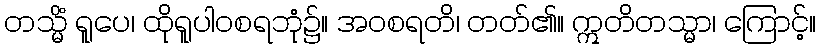
တသ္မိံ ရူပေ၊ ထိုရူပါဝစရဘုံ၌။ အဝစရတိ၊ တတ်၏။ ဣတိတသ္မာ၊ ကြောင့်။